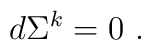
d\Sigma^k=0\ .